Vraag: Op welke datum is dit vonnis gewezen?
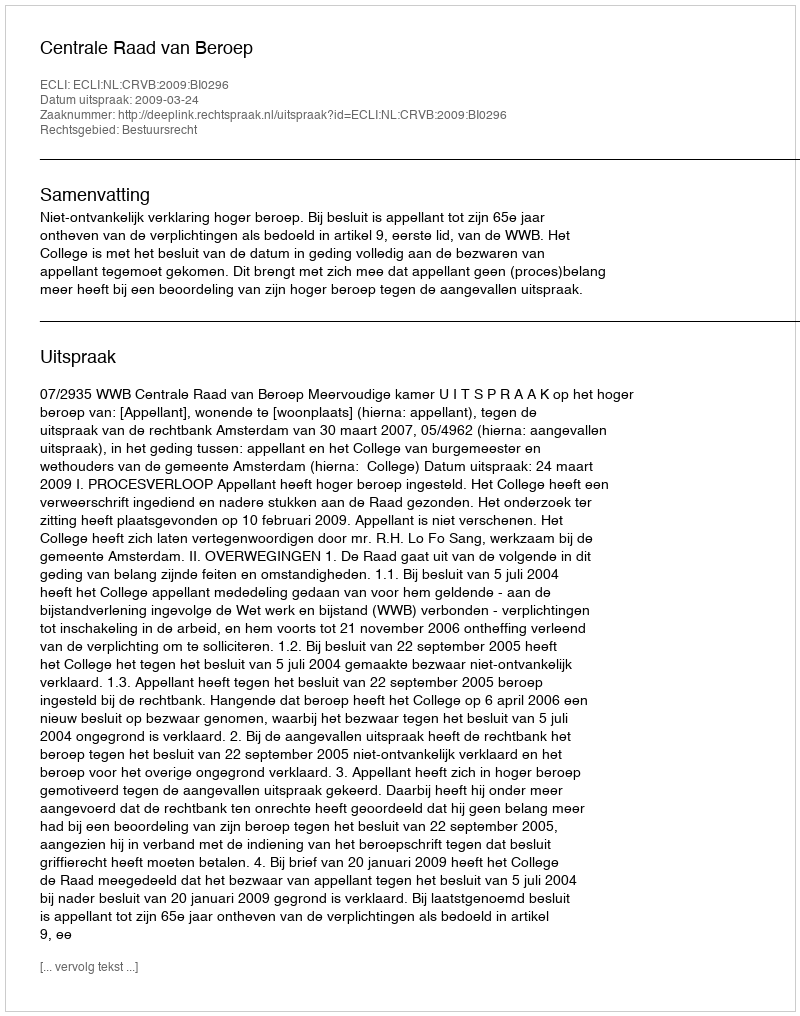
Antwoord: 2009-03-24